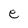
Character: e